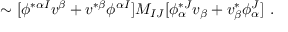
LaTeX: \sim [ \phi ^ { * \alpha I } v ^ { \beta } + v ^ { * \beta } \phi ^ { \alpha I } ] M _ { I J } [ \phi _ { \alpha } ^ { * J } v _ { \beta } + v _ { \beta } ^ { * } \phi _ { \alpha } ^ { J } ] \ .